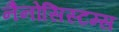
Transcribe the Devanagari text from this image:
नैनोसिस्टम्स